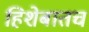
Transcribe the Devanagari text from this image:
हिशेबातच